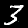
Label: 3